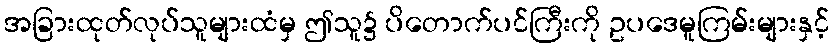
အခြားထုတ်လုပ်သူများထံမှ ဤသူ၌ ပိတောက်ပင်ကြီးကို ဥပဒေမူကြမ်းများနှင့်